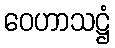
ဝေဟာသဋ္ဌံ